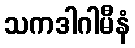
သကဒါဂါမီနံ